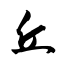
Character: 丘